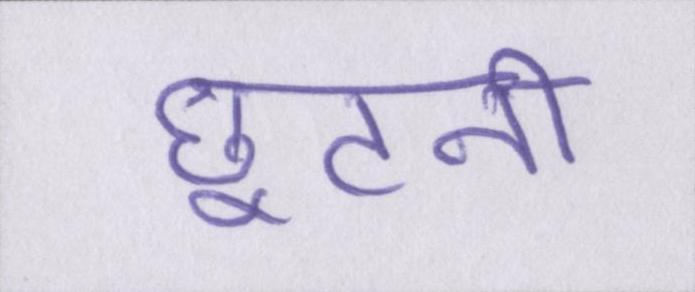
छूटनी